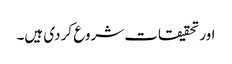
اور تحقیقات شروع کر دی ہیں۔